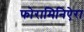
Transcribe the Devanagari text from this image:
फोरामिनिऐरा